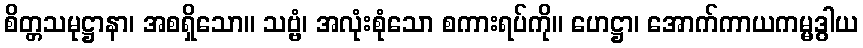
စိတ္တသမုဋ္ဌာနာ၊ အစရှိသော။ သဗ္ဗံ၊ အလုံးစုံသော စကားရပ်ကို။ ဟေဋ္ဌာ၊ အောက်ကာယကမ္မဒွါယ